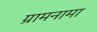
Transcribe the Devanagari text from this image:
ग्रामनामा